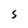
Character: S